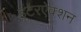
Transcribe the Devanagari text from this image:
इंटरऐक्शन